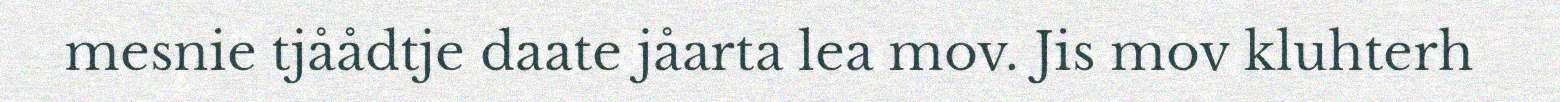
mesnie tjåådtje daate jåarta lea mov. Jis mov kluhterh